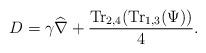
LaTeX: \begin{align*}D=\gamma\widehat{\nabla}+\frac{\mathrm{Tr}_{2,4}(\mathrm{Tr}_{1,3}(\Psi))}{4}.\end{align*}